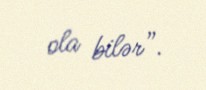
ola bilər”.